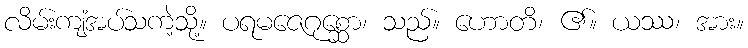
လိမ်းကျံအပ်သကဲ့သို့။ ပရမဇေဂုစ္ဆော၊ သည်။ ဟောတိ၊ ၏။ ယဿ၊ အား။